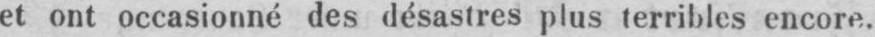
et ont occasionné des désastres plus terribles encore.